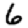
Digit: 6